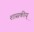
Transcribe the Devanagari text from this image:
शासकीय्